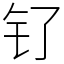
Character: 钌